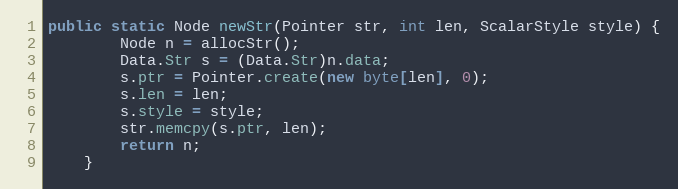
Language: Java
public static Node newStr(Pointer str, int len, ScalarStyle style) {
        Node n = allocStr();
        Data.Str s = (Data.Str)n.data;
        s.ptr = Pointer.create(new byte[len], 0);
        s.len = len;
        s.style = style;
        str.memcpy(s.ptr, len);
        return n;
    }